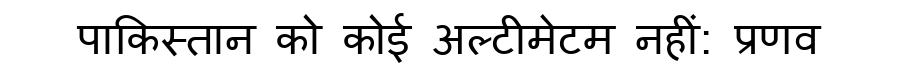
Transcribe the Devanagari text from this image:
पाकिस्तान को कोई अल्टीमेटम नहीं: प्रणव